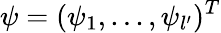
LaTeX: \psi=(\psi_{1},...,\psi_{l^{\prime}})^{T}